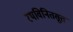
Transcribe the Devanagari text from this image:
रथविनितसूत्त